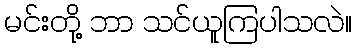
မင်းတို့ ဘာ သင်ယူကြပါသလဲ။